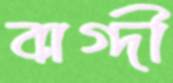
বাগ্দী